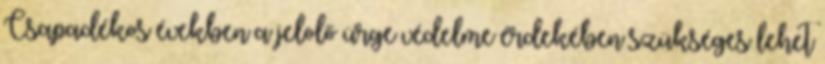
Csapadékos években a jelölő ürge védelme érdekében szükséges lehet